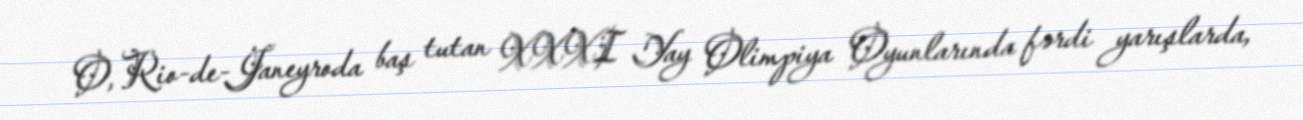
O, Rio-de-Janeyroda baş tutan XXXI Yay Olimpiya Oyunlarında fərdi yarışlarda,